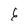
Character: 6